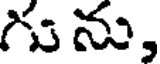
గును,